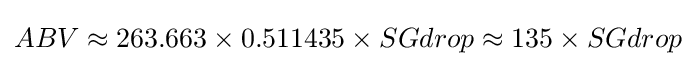
ABV\approx 263.663\times 0.511435\times SGdrop\approx 135\times SGdrop